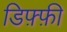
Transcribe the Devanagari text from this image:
डिफ़्फ़ी